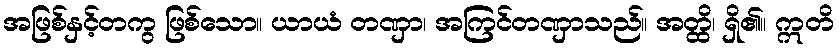
အဖြစ်နှင့်တကွ ဖြစ်သော။ ယာယံ တဏှာ၊ အကြင်တဏှာသည်။ အတ္ထိ၊ ရှိ၏။ ဣတိ